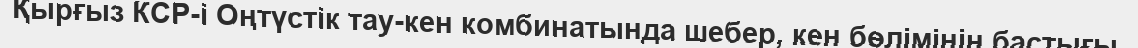
Қырғыз КСР-і Оңтүстік тау-кен комбинатында шебер, кен бөлімінің бастығы.